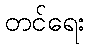
တင်ရေး